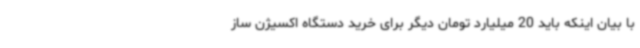
با بیان اینکه باید 20 میلیارد تومان دیگر برای خرید دستگاه اکسیژن ساز